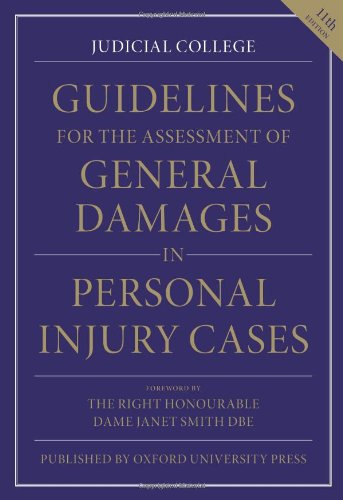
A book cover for Guidelines for the Assessment of General Damages in Personal Injury Cases; Judicial College; Law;